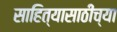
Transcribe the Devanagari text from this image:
साहित्यासाठीच्या